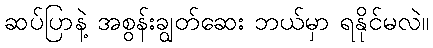
ဆပ်ပြာနဲ့ အစွန်းချွတ်ဆေး ဘယ်မှာ ရနိုင်မလဲ။